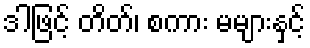
ဒါဖြင့် တိတ်၊ စကား မများနှင့်